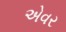
એવર